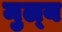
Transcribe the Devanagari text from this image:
मुल्‍य